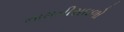
નામનીસઘળો